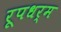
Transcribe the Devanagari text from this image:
रूपधर्म